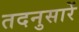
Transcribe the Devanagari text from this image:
तदनुसारें